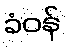
ခံဝန်